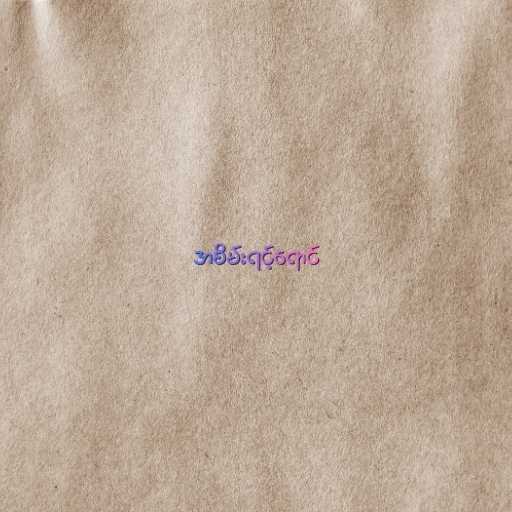
အစိမ်းရင့်ရောင်